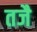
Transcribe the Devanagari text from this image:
तजै